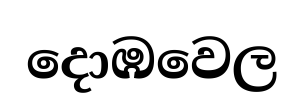
දොඹවෙල